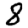
Digit: 8